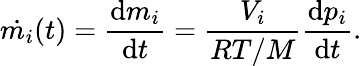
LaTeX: \dot{m_{i}}(t)=\frac{\mathrm{d}m_{i}}{\mathrm{d}t}=\frac{V_{i}}{RT/M}\frac{\mathrm{d}p_{i}}{\mathrm{d}t}.